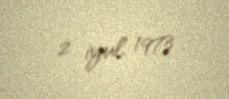
2 iyul 1973